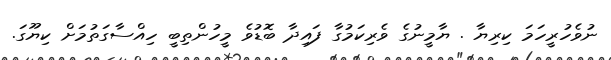
ނުވެހުރީހަމަ ކިރިޔާ . ޔާމީނުގެ ވެރިކަމުގާ ފައިދާ ބޮޑުވެ މީހުންތިބީ ހިއްސާގަތުމަށް ކިޔޫގަ.